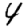
Digit: 4